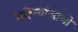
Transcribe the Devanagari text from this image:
महिन्यांआधी